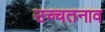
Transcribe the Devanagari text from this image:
उच्चतनाव